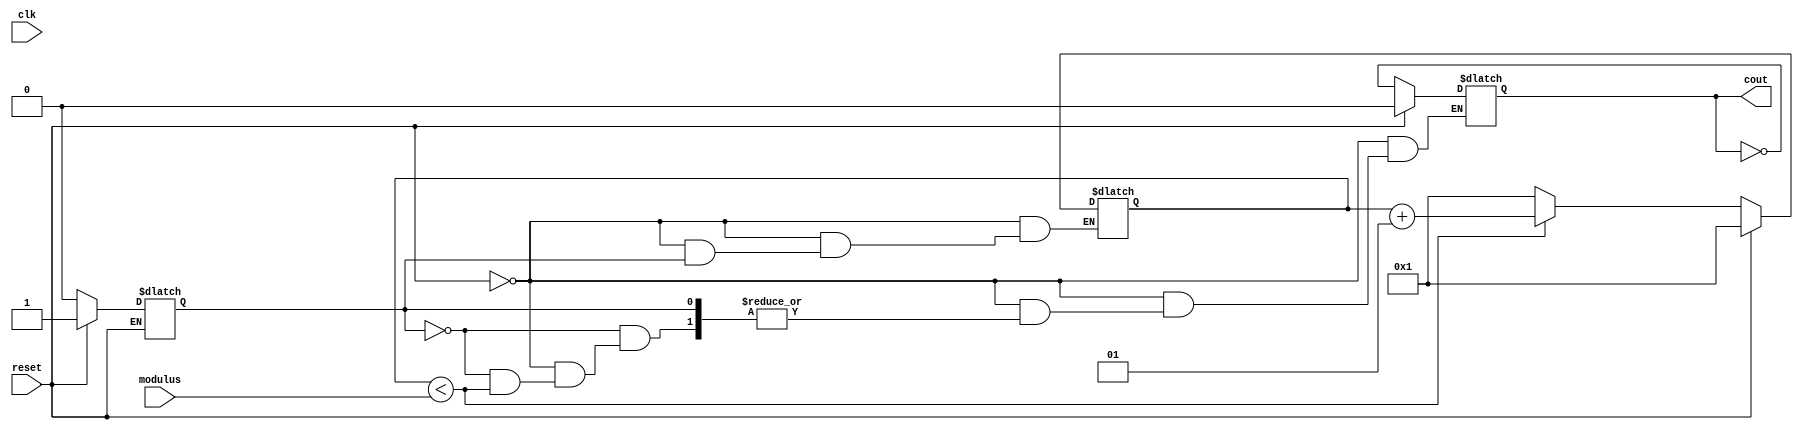
module hardcopyiv_n_cntr   ( clk,
                            reset,
                            cout,
                            modulus);
    input clk;
    input reset;
    input [31:0] modulus;
    output cout;
    integer count;
    reg tmp_cout;
    reg first_rising_edge;
    reg clk_last_value;
    reg cout_tmp;
    initial
    begin
        count = 1;
        first_rising_edge = 1;
        clk_last_value = 0;
    end
    always @(reset or clk)
    begin
        if (reset)
        begin
            count = 1;
            tmp_cout = 0;
            first_rising_edge = 1;
        end
        else begin
            if (clk == 1 && clk_last_value !== clk && first_rising_edge)
            begin
                first_rising_edge = 0;
                tmp_cout = clk;
            end
            else if (first_rising_edge == 0)
            begin
                if (count < modulus)
                    count = count + 1;
                else
                begin
                    count = 1;
                    tmp_cout = ~tmp_cout;
                end
            end
        end
        clk_last_value = clk;
    end
    assign cout = tmp_cout;
endmodule